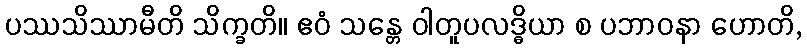
ပဿသိဿာမီတိ သိက္ခတိ။ ဧဝံ သန္တေ ဝါတူပလဒ္ဓိယာ စ ပဘာဝနာ ဟောတိ,